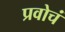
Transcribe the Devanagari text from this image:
प्रवोचं